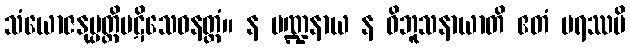
သံယောဇနုပ္ပတ္တိပဋိသေဓနတ္ထံ။ န မဏ္ဍနာယ န ဝိဘူသနာယာတိ ဧတံ ပရဿပိ